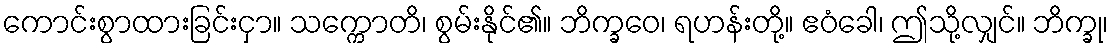
ကောင်းစွာထားခြင်းငှာ။ သက္ကောတိ၊ စွမ်းနိုင်၏။ ဘိက္ခဝေ၊ ရဟန်းတို့။ ဧဝံခေါ၊ ဤသို့လျှင်။ ဘိက္ခု၊